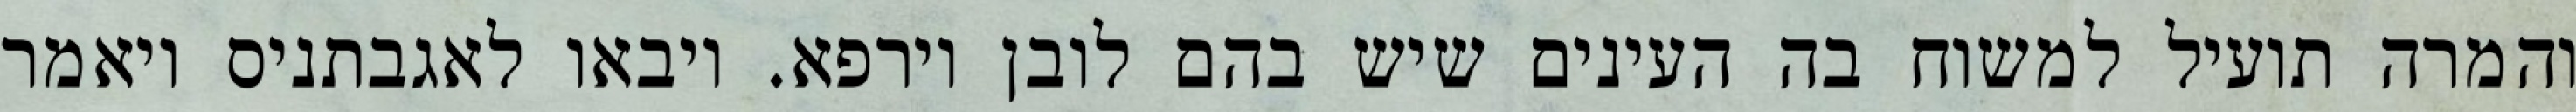
והמרה תועיל למשוח בה העינים שיש בהם לובן וירפא. ויבאו לאגבתניס ויאמר